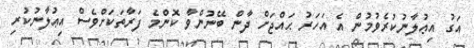
އަގު އިޢުލާނުކުރެވުމުން އެ އަހަރު ޙައްޖަށް ދާން ބޭނުންވާ ކޮންމެ ފަރާތަކަށްވެސް އިޢުލާނުކުރި